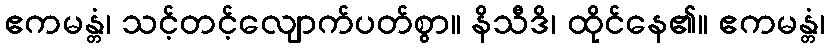
ဧကမန္တံ၊ သင့်တင့်လျောက်ပတ်စွာ။ နိသီဒိ၊ ထိုင်နေ၏။ ဧကမန္တံ၊